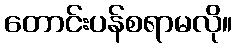
တောင်းပန်စရာမလို။